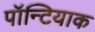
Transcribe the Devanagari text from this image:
पॉन्टियाक